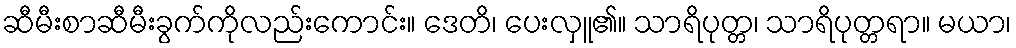
ဆီမီးစာဆီမီးခွက်ကိုလည်းကောင်း။ ဒေတိ၊ ပေးလှူ၏။ သာရိပုတ္တ၊ သာရိပုတ္တရာ။ မယာ၊